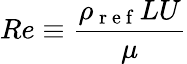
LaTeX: Re\equiv\frac{\rho_{\mathrm{~r~e~f~}}LU}{\mu}